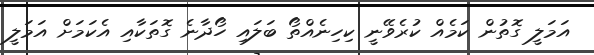
އަމަލީ ގޮތުން ކަމެއް ކުރެވޭނީ ކިހިނެއްތޯ ބަލައި ހޯދާނެ ގޮތަކާއި އެކަމަށް އަމަލީ